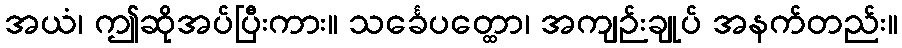
အယံ၊ ဤဆိုအပ်ပြီးကား။ သင်္ခေပတ္ထော၊ အကျဉ်းချုပ် အနက်တည်း။